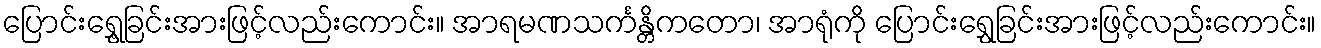
ပြောင်းရွှေ့ခြင်းအားဖြင့်လည်းကောင်း။ အာရမဏသင်္ကန္တိကတော၊ အာရုံကို ပြောင်းရွှေခြင်းအားဖြင့်လည်းကောင်း။